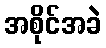
အစိုင်အခဲ